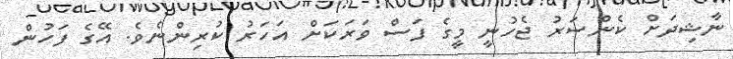
ނާޝިދަށް ކެންސަރު ޖެހުނީ މީގެ ފަސް ވަރަކަށް އަހަރު ކުރިންނެވެ. އޭގެ ފަހުން